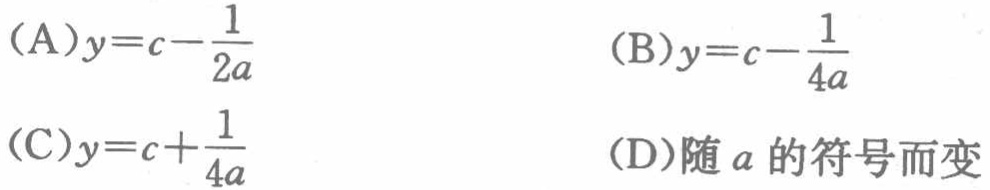
(A)$y = c - \frac{1}{2a}$
(B)$y = c - \frac{1}{4a}$
(C)$y = c + \frac{1}{4a}$
(D)随\(a\)的符号而变